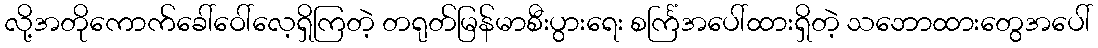
လို့အတိုကောက်ခေါ်ဝေါ်လေ့ရှိကြတဲ့ တရုတ်မြန်မာစီးပွားရေး စင်္ကြံအပေါ်ထားရှိတဲ့ သဘောထားတွေအပေါ်